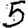
Digit: 5